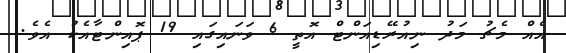
އެއް މެޗު މަދު ނިއުރޭޑިއަންޓް އޮތީ 6 ވަނައިގައި 19 ޕޮއިންޓާއެކު އެވެ.